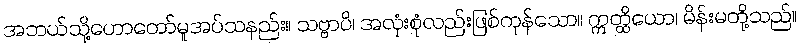
အဘယ်သို့ဟောတော်မူအပ်သနည်း။ သဗ္ဗာပိ၊ အလုံးစုံလည်းဖြစ်ကုန်သော။ ဣတ္ထိယော၊ မိန်းမတို့သည်။